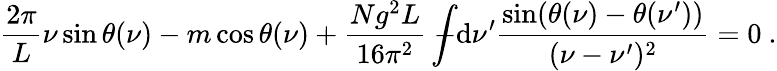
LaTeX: \frac{2\pi}{L}\nu\sin\theta(\nu)-m\cos\theta(\nu)+\frac{Ng^{2}L}{16\pi^{2}}\int\! \! \! \! \! \! -\mathrm{d}\nu^{\prime}\frac{\sin(\theta(\nu)-\theta(\nu^{\prime}))}{(\nu-\nu^{\prime})^{2}}=0\ .